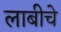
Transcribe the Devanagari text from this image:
लाबीचे